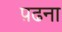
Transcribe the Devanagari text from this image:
प़ढना